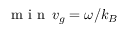
\mathrm { ~ m ~ i ~ n ~ } \, v _ { g } = \omega / k _ { B }